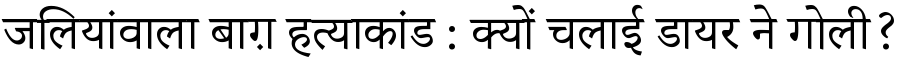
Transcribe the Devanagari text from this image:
जलियांवाला बाग़ हत्याकांड : क्यों चलाई डायर ने गोली?